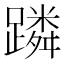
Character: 蹸